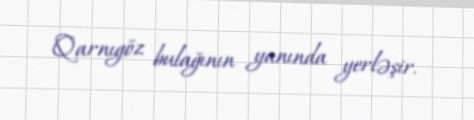
Qarnıgöz bulağının yanında yerləşir.